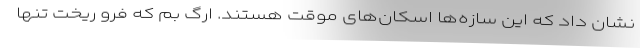
نشان داد که این سازه‌ها اسکان‌های موقت هستند. ارگ بم که فرو ریخت تنها